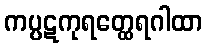
ကပ္ပဋကုရတ္ထေရဂါထာ